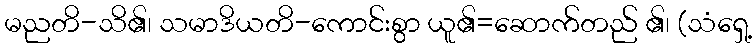
မညတိ-သိ၏၊ သမာဒိယတိ-ကောင်းစွာ ယူ၏=ဆောက်တည် ၏၊ (သံရှေ့